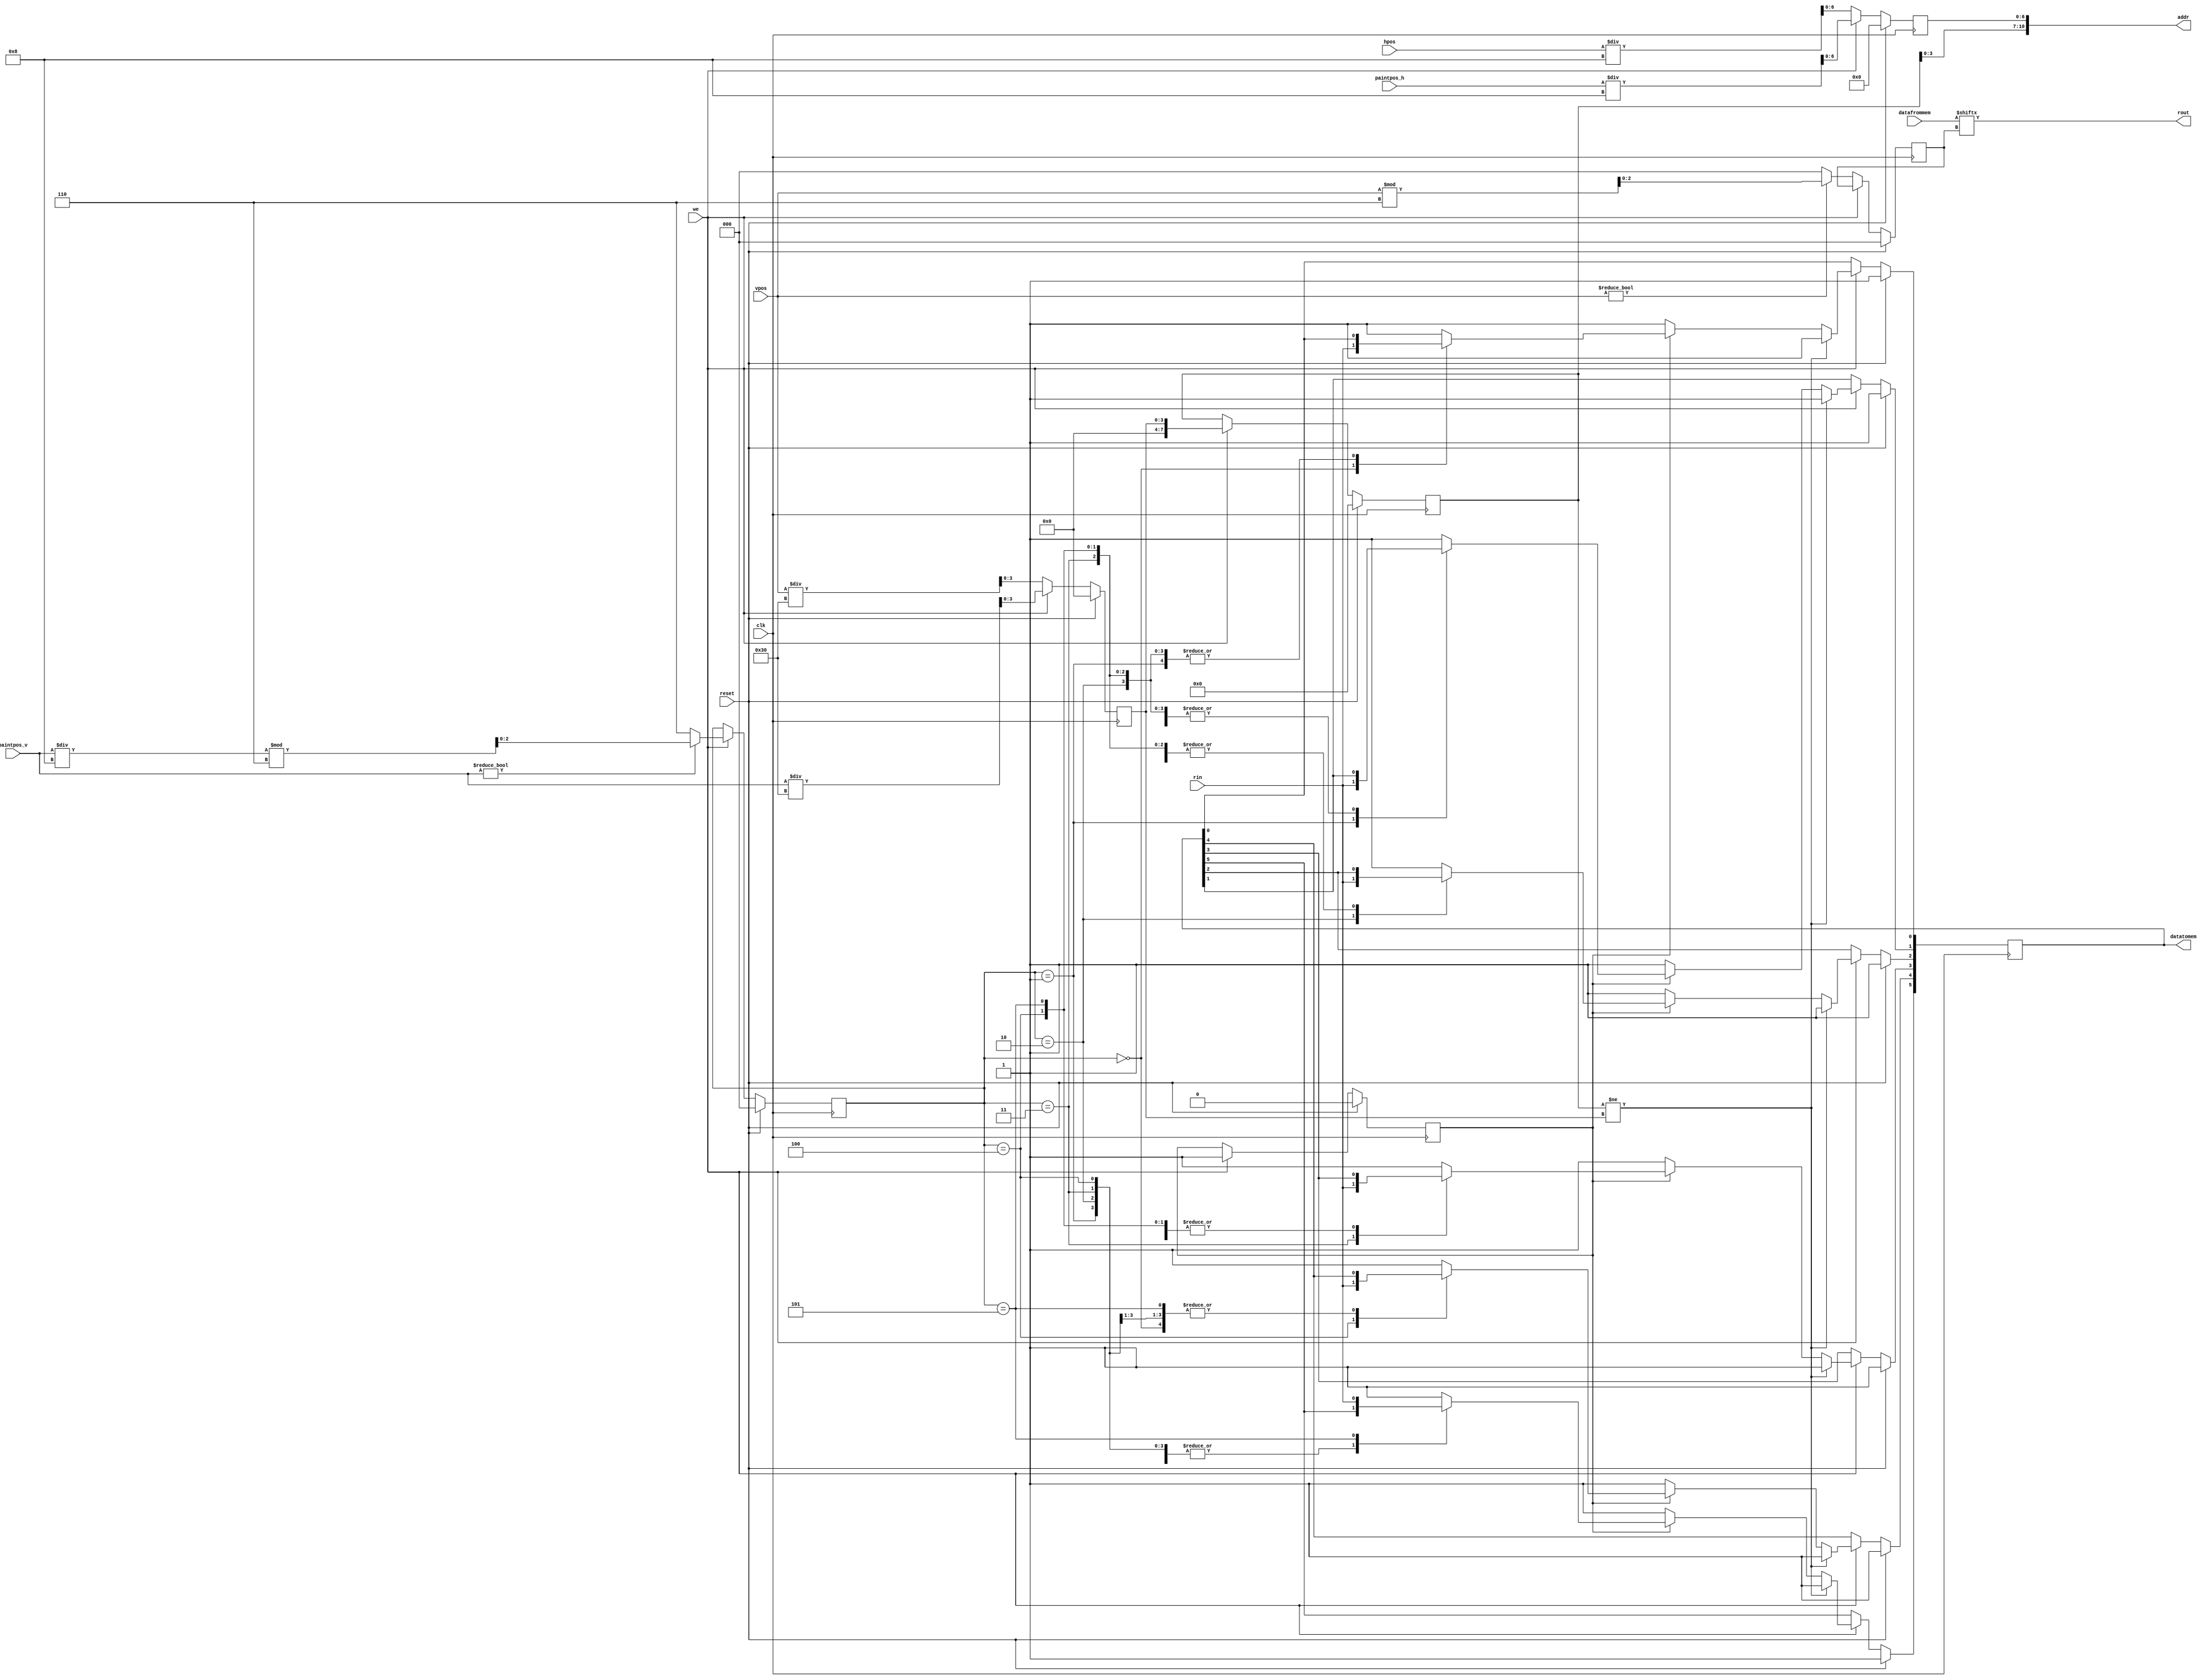
// This program was cloned from: https://github.com/DigitalDesignSchool/ce2020labs
// License: MIT License

module mem_coder_decoder 
#(
	parameter 	 RES_MULTIPLIER=8,
				 BANKS_NUMBER=10,
				 RESOLUTION_H=80,
				 RESOLUTION_V=60,
				 DATA_WIDTH = 6,
				 RAM_INITIAL_VALUE=6'b111111
)
(input clk,
 input reset,
 input [9:0] hpos ,
 input [9:0] vpos ,
 input [9:0] paintpos_h ,
 input [9:0] paintpos_v ,
 input [DATA_WIDTH-1:0] datafrommem,
 input rin,
 input we,
		 
 output rout,
 output [DATA_WIDTH-1:0] datatomem,
 output [10:0] addr
);

reg [3:0] bankselect=0;
reg [6:0] regselect=0; 
reg [2:0] dataselect_r=0;
reg [2:0] dataselect_w=0;
reg [5:0] databuf=RAM_INITIAL_VALUE;
reg webuf;
reg [7:0]bankchange=0;

//Read from memory
always@ (posedge clk) begin
if(reset) begin 
databuf=RAM_INITIAL_VALUE;
bankselect=0;
regselect=0;
dataselect_r=0;
dataselect_w=0;
webuf=0;
bankchange=0;
end
else begin
	if(~we) begin
		bankselect<=vpos/(DATA_WIDTH*RES_MULTIPLIER);

		regselect<=hpos/RES_MULTIPLIER;

		if (vpos!=0) dataselect_r <=vpos%DATA_WIDTH;
		else dataselect_r <=0;
		
		end
	else if(we) begin
		webuf<=we;
		//Write to memory
		bankselect<=paintpos_v/(DATA_WIDTH*RES_MULTIPLIER);

		regselect<=paintpos_h/RES_MULTIPLIER;
		
		if (paintpos_v!=0) dataselect_w <=(paintpos_v/RES_MULTIPLIER)%DATA_WIDTH;
		else dataselect_w <=3'd6;
		
		
		bankchange <= bankselect;
		
		if(bankchange!=bankselect)databuf<=RAM_INITIAL_VALUE;
		else begin
			if(webuf) begin
				case (dataselect_w) 
					0:databuf[0]<= rin;
					3'd1:databuf [1]<= rin;
					3'd2:databuf [2]<= rin;
					3'd3:databuf [3]<= rin;
					3'd4:databuf [4]<= rin;
					3'd5: databuf [5]<= rin;
					default databuf<= RAM_INITIAL_VALUE;
				endcase
			end
			else databuf<= RAM_INITIAL_VALUE;
		end

	end
end
end




//addr to memory
assign addr = {bankchange,regselect};

//Read from memory
//data from memory, then rout to vga
assign rout = datafrommem[dataselect_r];

//Write to memory
//rin from brush, then data to memory
assign datatomem = databuf;

endmodule